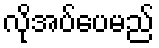
လိုအပ်ပေမည်